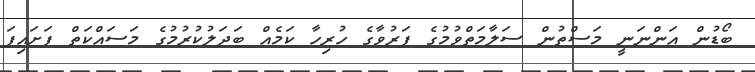
ބޯޑުން އަންނަނީ މަސްތުން ސަލާމަތްވުމުގެ ފަރުވާގެ ހުރިހާ ކަމެއް ބަދަލުކުރުމުގެ މަސައްކަތް ފަށައިފަ